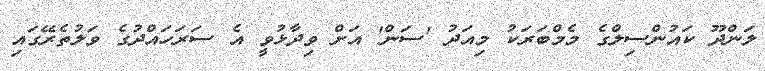
ލަންދޫ ކައުންސިލްގެ މެމްބަރަކު މިއަދު 'ސަން' އަށް ވިދާޅުވީ އެ ސަރަހައްދުގެ ވަލުތެރޭގައި